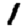
Digit: 1